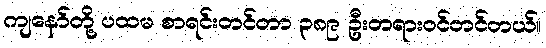
ကျနော်တို့ ပထမ စာရင်းတင်တာ ၃၈၉ ဦးတရားဝင်တင်တယ်။